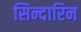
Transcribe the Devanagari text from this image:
सिन्दारिन